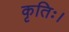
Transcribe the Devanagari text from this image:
कृतिः।